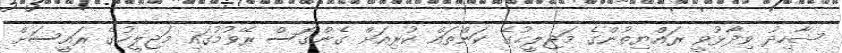
ޝާހިދު ވިދާޅުވީ ރައްޔިތުންގެ މަޖިލީޙުގެ ކަންތައް ކުރިއަށް ގެންގޮސް ރޭވުމުގައި މަޖިލީހުގެ ރައީސަށް